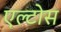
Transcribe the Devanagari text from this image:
एल्टोस